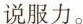
说服力。